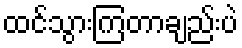
ထင်သွားကြတာချည်းပဲ